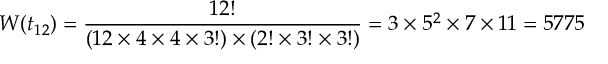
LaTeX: W ( t _ { 1 2 } ) = \frac { 1 2 ! } { ( 1 2 \times 4 \times 4 \times 3 ! ) \times ( 2 ! \times 3 ! \times 3 ! ) } = 3 \times 5 ^ { 2 } \times 7 \times 1 1 = 5 7 7 5